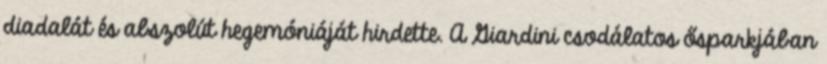
diadalát és abszolút hegemóniáját hirdette. A Giardini csodálatos ősparkjában